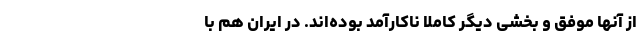
از آنها موفق و بخشی دیگر کاملا ناکارآمد بوده‌اند. در ایران هم با